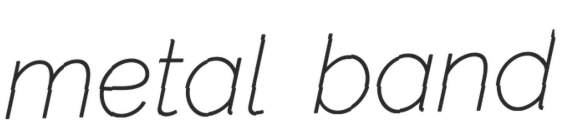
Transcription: metal band